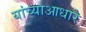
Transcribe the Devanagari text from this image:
यांच्याआधारे